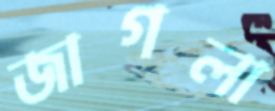
জাগলা